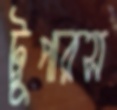
ট্রুপারস